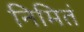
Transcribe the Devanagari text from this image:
निमितं